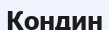
Кондин